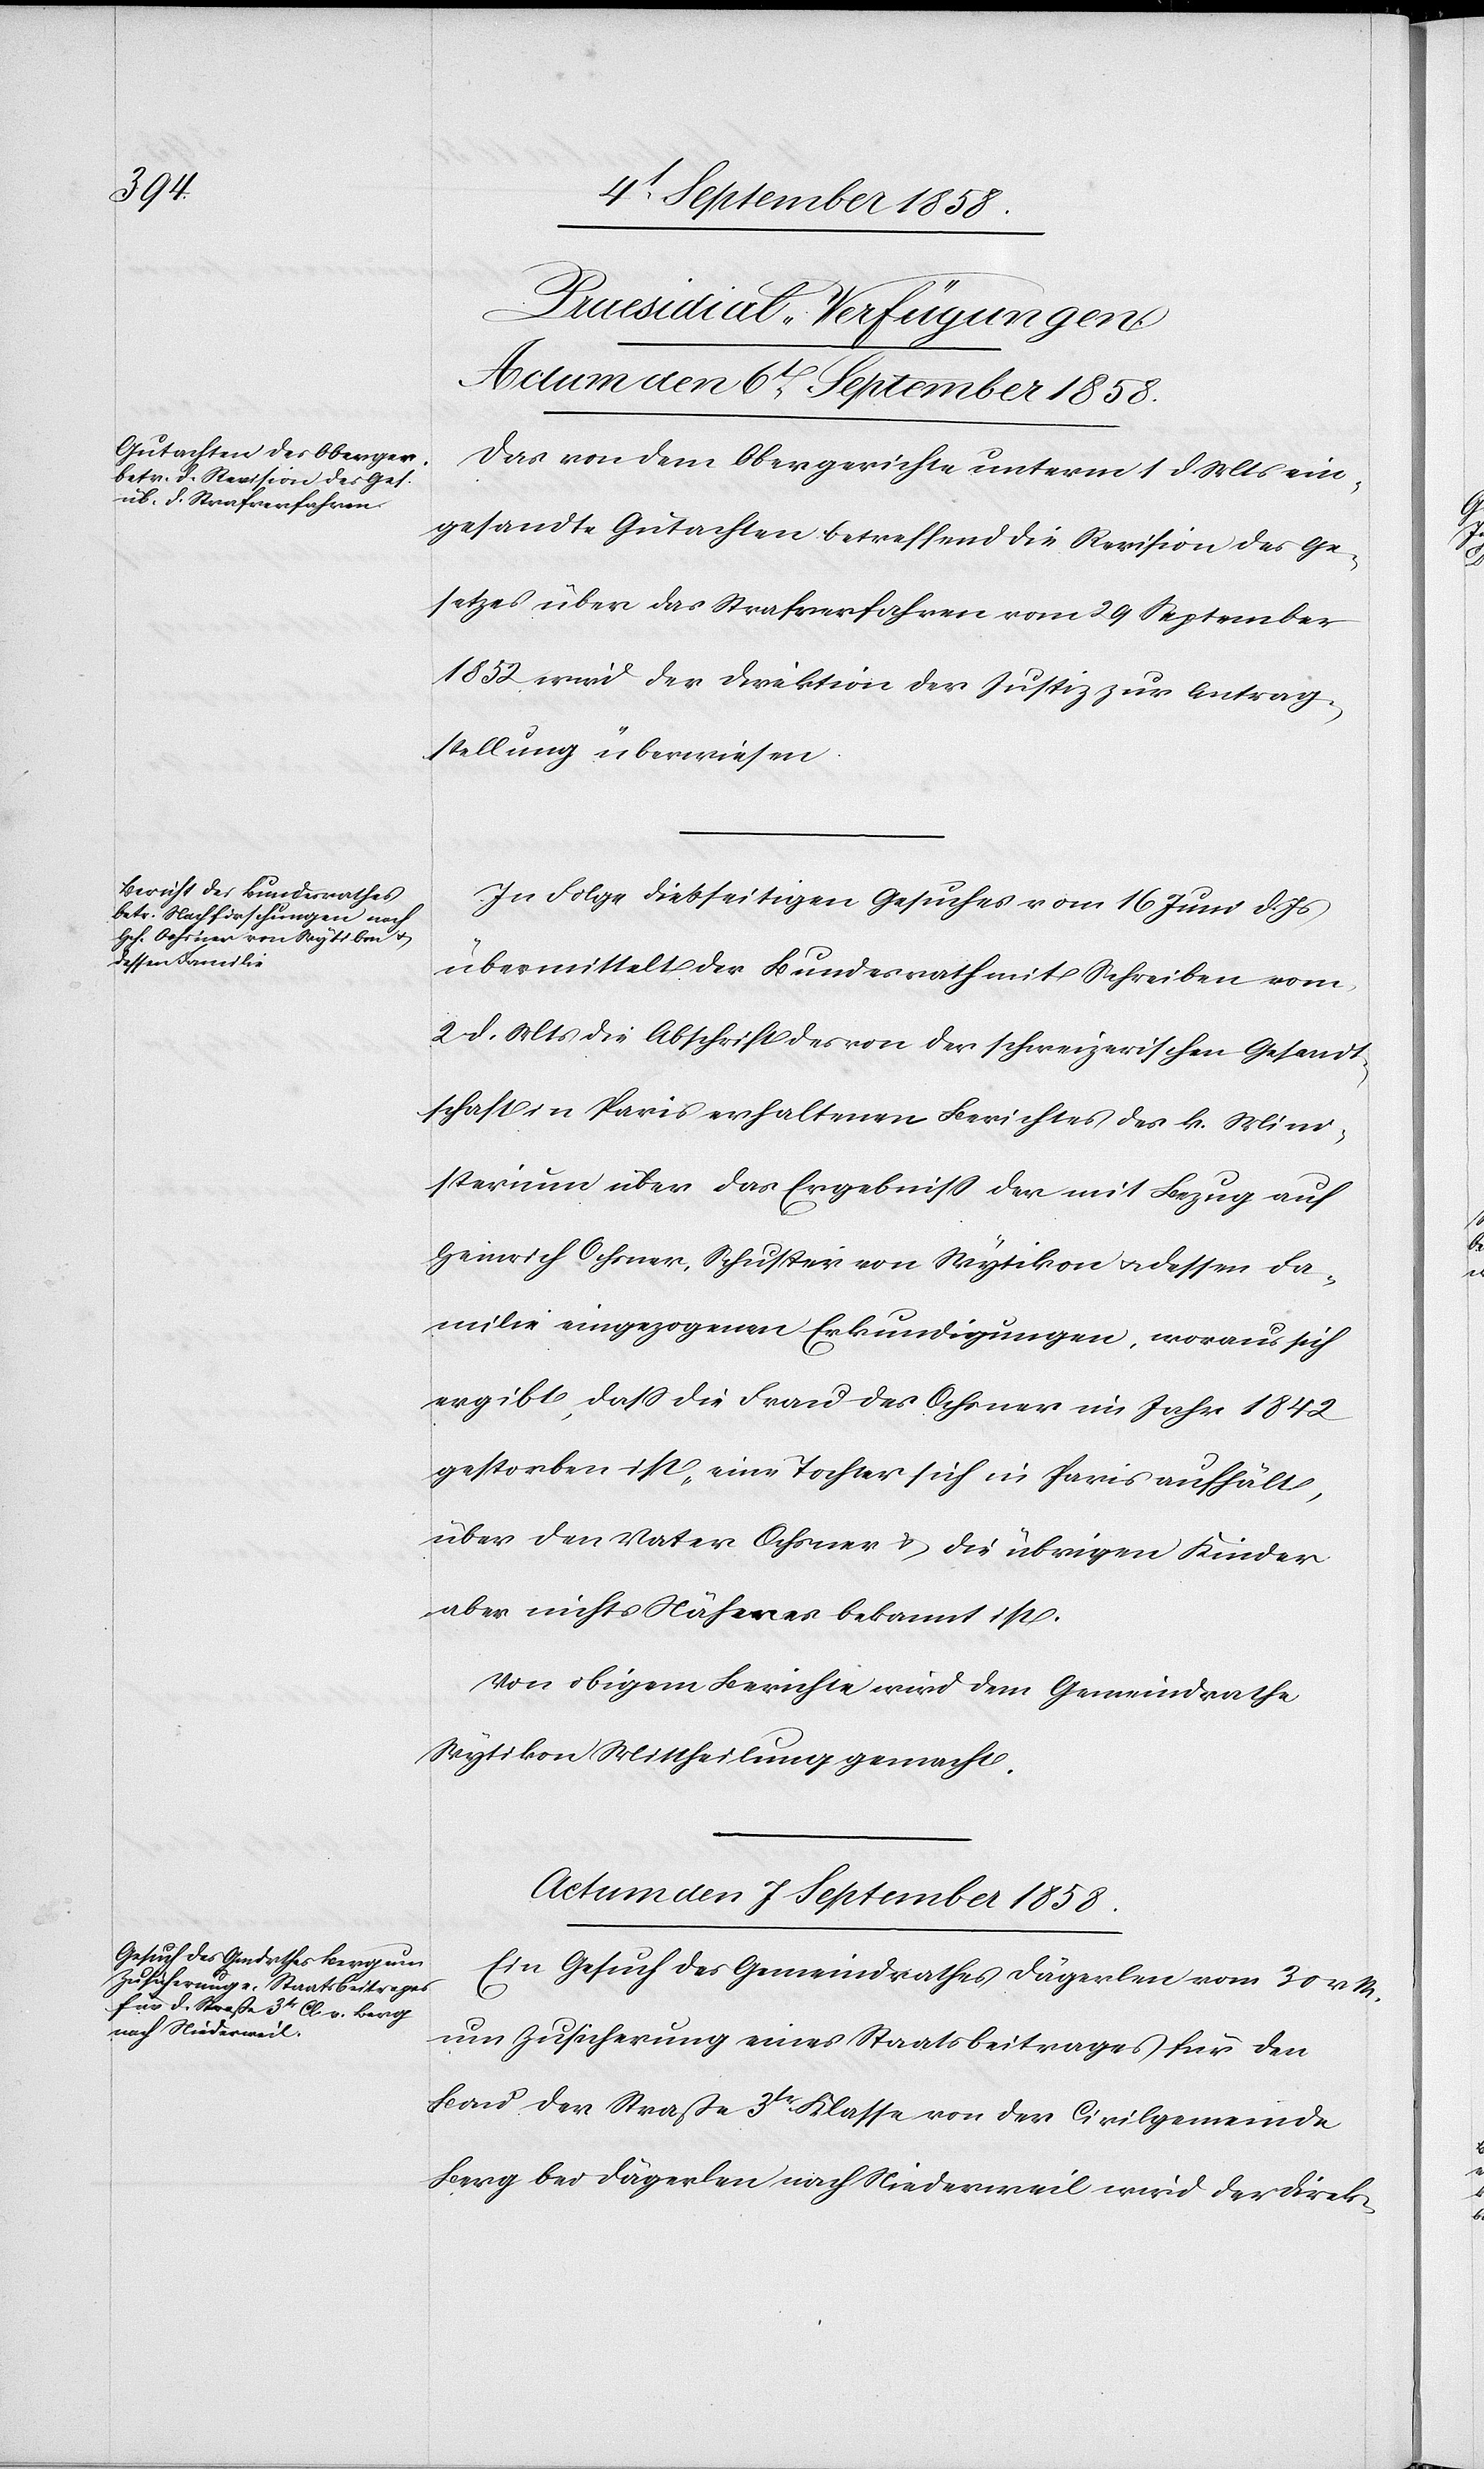
[Praesidial-Verfügungen.]
Actum den 6t September 1858.]
Das von dem Obergerichte unterm 1 d. Mts ein¬
gesandte Gutachten betreffend die Revision des Ge¬
setzes über das Strafverfahren vom 29 September
1852 wird der Direktion der Justiz zur Antrag¬
stellung überwiesen.
In Folge diesseitigen Gesuches vom 16 Juni d. Js
übermittelt der Bundesrath mit Schreiben vom
2 d. Mts die Abschrift des von der schweizerischen Gesandt¬
schaft in Paris erhaltenen Berichtes des k. Mini¬
sterium über das Ergebniss der mit Bezug auf
Heinrich Ochsner, Schuster von Wytikon & dessen Fa¬
milie eingezogenen Erkundigungen, woraus sich
ergibt, dass die Frau des Ochsner im Jahr 1842
gestorben ist, eine Tochter sich in Paris aufhält,
über den Vater Ochsner & die übrigen Kinder
aber nichts Näheres bekannt ist.
Von obigem Berichte wird dem Gemeindrathe
Wytikon Mittheilung gemacht.
Actum den 7 September 1858.
Ein Gesuch des Gemeindrathes Dägerlen vom 30 v. M.
um Zusicherung eines Staatsbeitrages für den
Bau der Straße 3tr Klasse von der Civilgemeinde
Berg bei Dägerlen nach Niederweil wird der Direk-